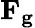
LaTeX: \mathbf{F_{g}}